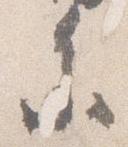
参